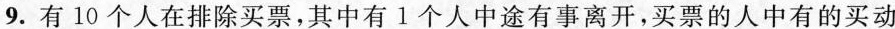
9.有10个人在排除买票，其中有1个人中途有事离开，买票的人中有的买动